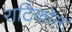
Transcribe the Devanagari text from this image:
राटिकोन